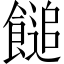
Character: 䭔